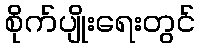
စိုက်ပျိုးရေးတွင်